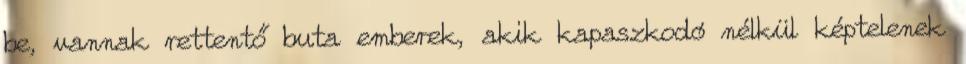
be, vannak rettentő buta emberek, akik kapaszkodó nélkül képtelenek